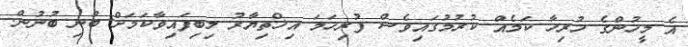
އެ މީހުންގެ ހުރިހާ ކަމެއް ކުރުމުގައިވެސް ފުރިހަމަ އިޚްތިޔާރު ލިބިފައިވާކަމަށް ބުނި ބުނުން.